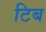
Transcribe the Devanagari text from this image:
टिब